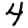
Digit: 4